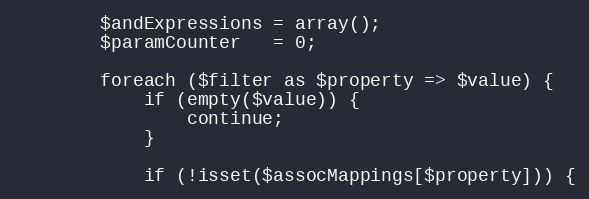
Language: PHP
        $andExpressions = array();
        $paramCounter   = 0;

        foreach ($filter as $property => $value) {
            if (empty($value)) {
                continue;
            }

            if (!isset($assocMappings[$property])) {